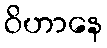
ဝိဟာနေ